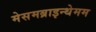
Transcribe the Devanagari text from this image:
मेसमब्राइन्थेमम